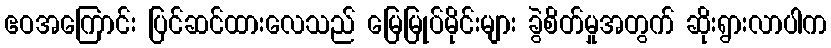
ဧဝအကြောင်း ပြင်ဆင်ထားလေသည် မြေမြုပ်မိုင်းများ ခွဲစိတ်မှုအတွက် ဆိုးရွားလာပါက